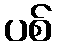
ပစ်